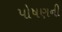
પોષણની